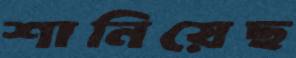
শানিয়েছ